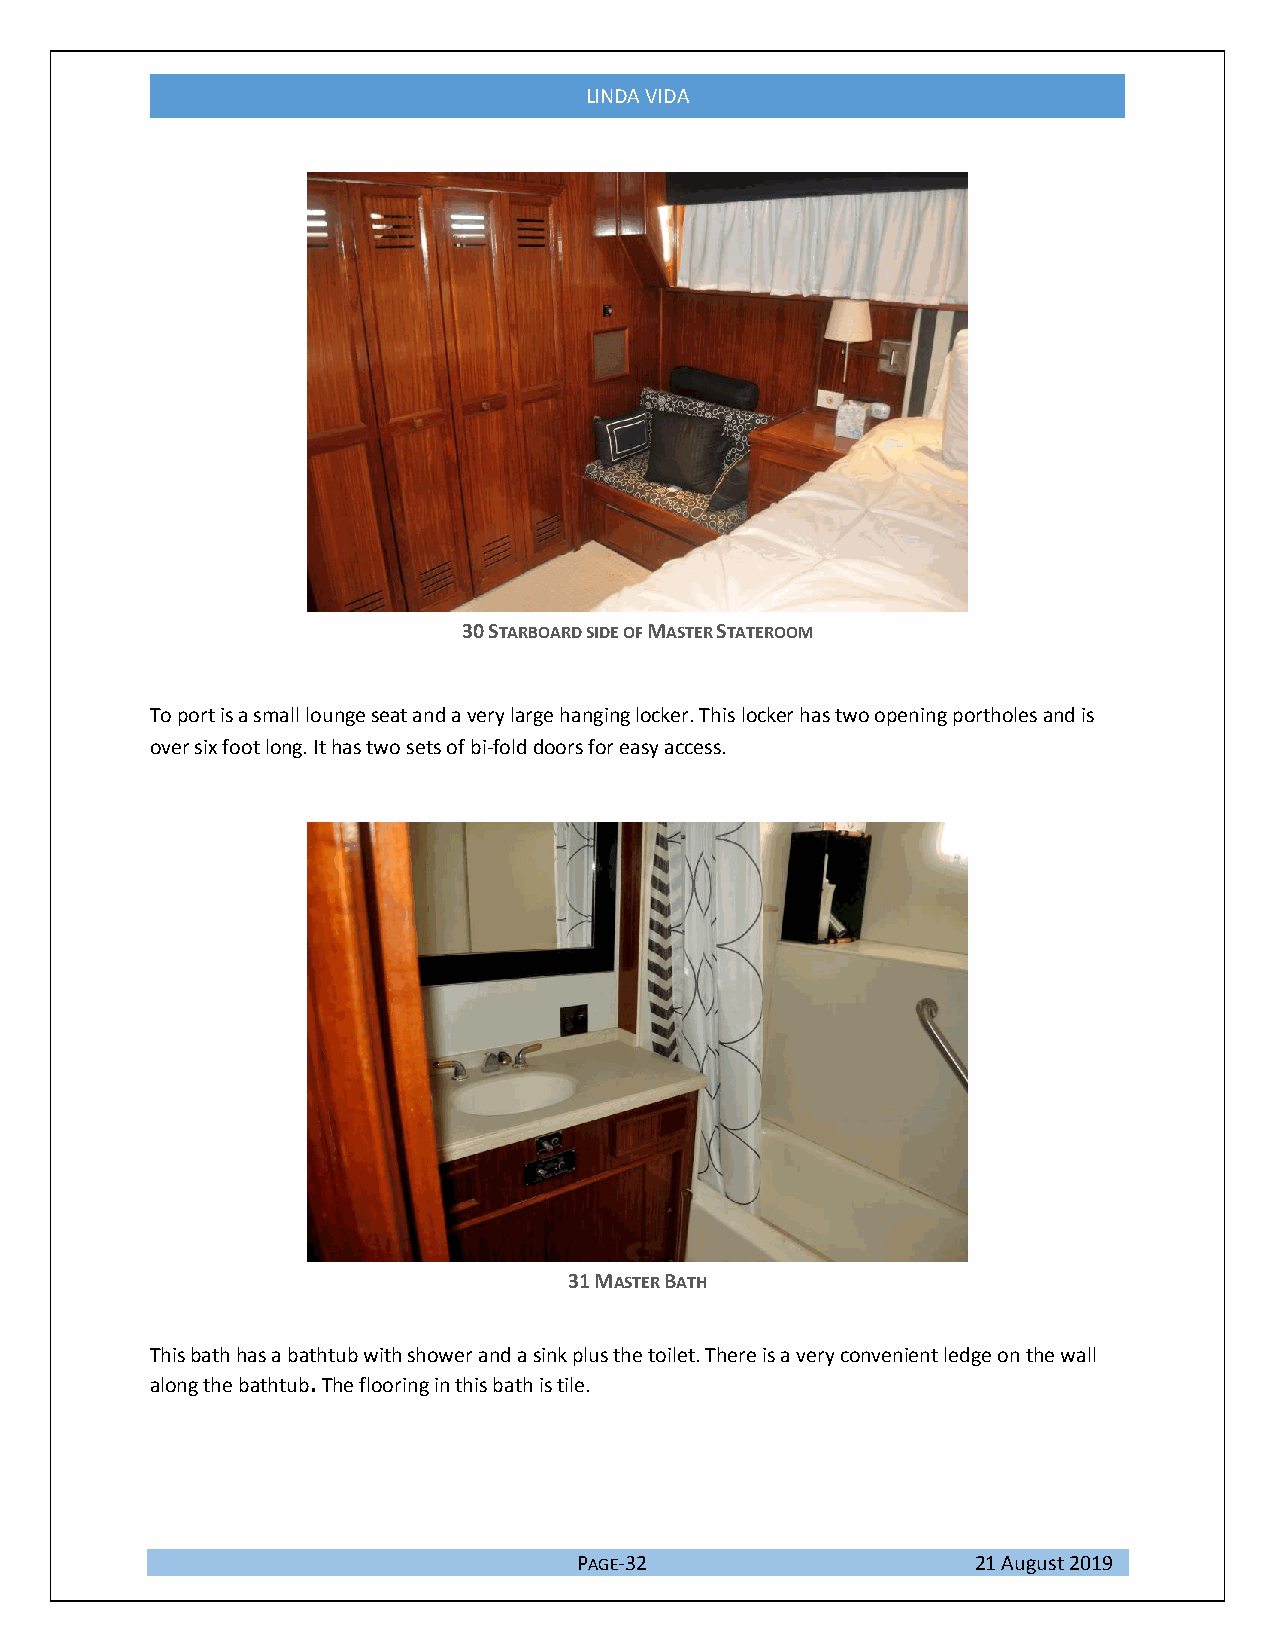
LINDA VIDA
 30 STARBOARD SIDE OF MASTER STATEROOM
 To port is a small lounge seat and a very large hanging locker. This locker has two opening portholes and is
 over six foot long. It has two sets of bi-fold doors for easy access.
 31 MASTER BATH
 This bath has a bathtub with shower and a sink plus the toilet. There is a very convenient ledge on the wall
 along the bathtub. The flooring in this bath is tile.
 PAGE-32                    21 August 2019